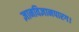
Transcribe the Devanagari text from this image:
ज्ञानविज्ञानपारग।